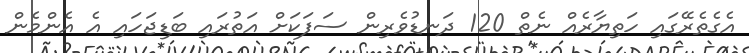
އެގެތެރޭގައި ހަތިޔާރެއް ނެތް 120 ދަނޑުވެރިން ސަފަކަށް އަތުރައި ބަޑިޖަހައި އެ އެންމެން